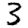
Digit: 3